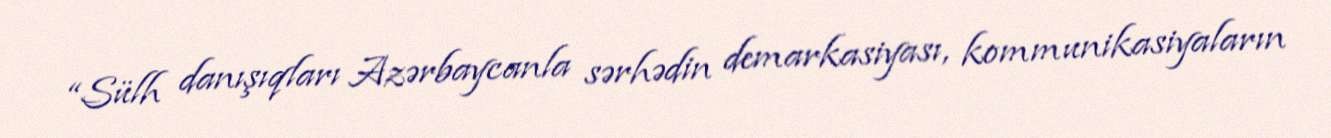
“Sülh danışıqları Azərbaycanla sərhədin demarkasiyası, kommunikasiyaların